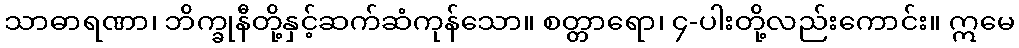
သာဓာရဏာ၊ ဘိက္ခုနီတို့နှင့်ဆက်ဆံကုန်သော။ စတ္တာရော၊ ၄-ပါးတို့လည်းကောင်း။ ဣမေ